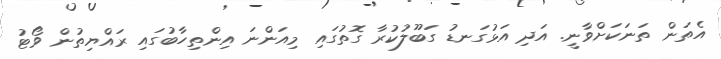
އެތަން ތަނަކަށްވާނީ. އަދި އަޅުގަނޑު ގަބޫލުކުރާ ގޮތުގައި މިއަންނަ އިންތިހާބުގައި ރައްޔިތުން ވޯޓު